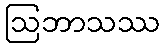
ဩဘာသဿ